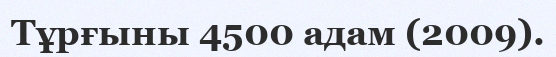
Тұрғыны 4500 адам (2009).